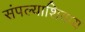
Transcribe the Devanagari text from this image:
संपल्याशिवाय